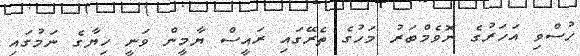
ހުސްވި އަހަރުގެ ނޮވެމްބަރު މަހުގެ ތެރޭގައި ރައީސް ޔާމީން ވަނީ ހިޔާގެ ނަމުގައި